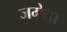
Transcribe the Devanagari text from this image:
जमेला